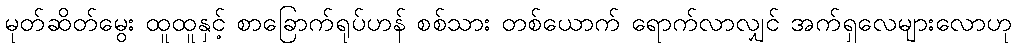
မုတ်ဆိတ်မွေး ထူထူနှင့် စာခြောက်ရုပ်ဟန် စစ်သား တစ်ယောက် ရောက်လာလျှင် အက်ရှလေများလောဟု